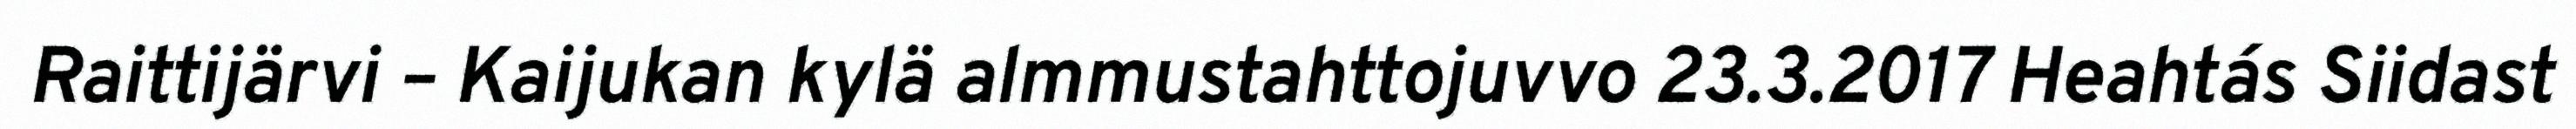
Raittijärvi – Kaijukan kylä almmustahttojuvvo 23.3.2017 Heahtás Siidast